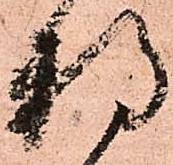
持